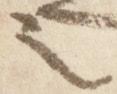
之